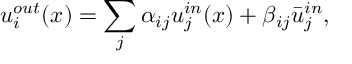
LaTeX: u _ { i } ^ { o u t } ( x ) = \sum _ { j } \alpha _ { i j } u _ { j } ^ { i n } ( x ) + \beta _ { i j } \bar { u } _ { j } ^ { i n } ,